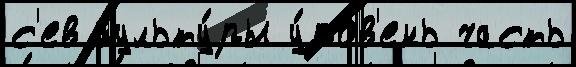
с'ев культу́ры у́ров'ень часть